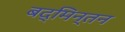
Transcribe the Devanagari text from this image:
बद्मिन्तन